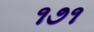
૧૭૧